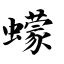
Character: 蠓